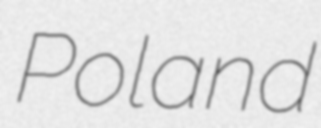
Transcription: Poland